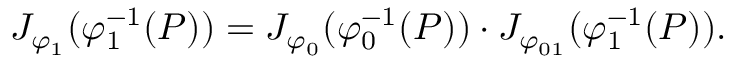
J _ { \varphi _ { 1 } } ( \varphi _ { 1 } ^ { - 1 } ( P ) ) = J _ { \varphi _ { 0 } } ( \varphi _ { 0 } ^ { - 1 } ( P ) ) \cdot J _ { \varphi _ { 0 1 } } ( \varphi _ { 1 } ^ { - 1 } ( P ) ) .